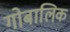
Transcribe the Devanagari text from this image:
गोबालिक